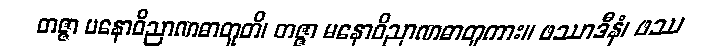
တဇ္ဇာ မနောဝိညာဏဓာတူတိ၊ တဇ္ဇာ မနောဝိညာဏဓာတူကား။ ဖဿာဒီနံ၊ ဖဿ